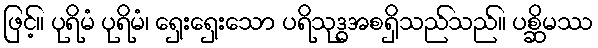
ဖြင့်။ ပုရိမံ ပုရိမံ၊ ရှေးရှေးသော ပရိသုဒ္ဓအစရှိသည်သည်။ ပစ္ဆိမဿ